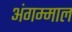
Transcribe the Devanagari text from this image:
अंगम्माल